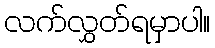
လက်လွှတ်ရမှာပါ။